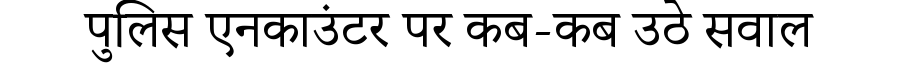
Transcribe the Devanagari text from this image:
पुलिस एनकाउंटर पर कब-कब उठे सवाल